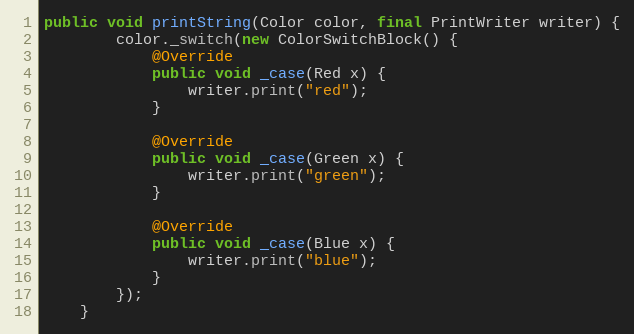
Language: Java
public void printString(Color color, final PrintWriter writer) {
        color._switch(new ColorSwitchBlock() {
            @Override
            public void _case(Red x) {
                writer.print("red");
            }

            @Override
            public void _case(Green x) {
                writer.print("green");
            }

            @Override
            public void _case(Blue x) {
                writer.print("blue");
            }
        });
    }